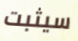
سيثبت